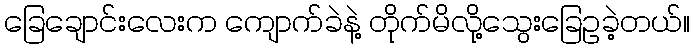
ခြေချောင်းလေးက ကျောက်ခဲနဲ့ တိုက်မိလို့သွေးခြေဥခဲ့တယ်။